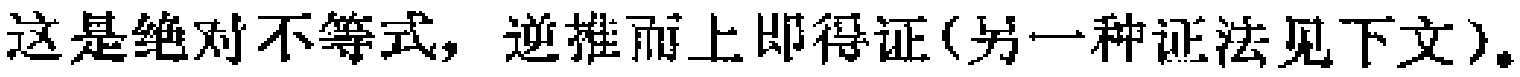
这是绝对不等式，逆推而上即得证(另一种证法见下文)。